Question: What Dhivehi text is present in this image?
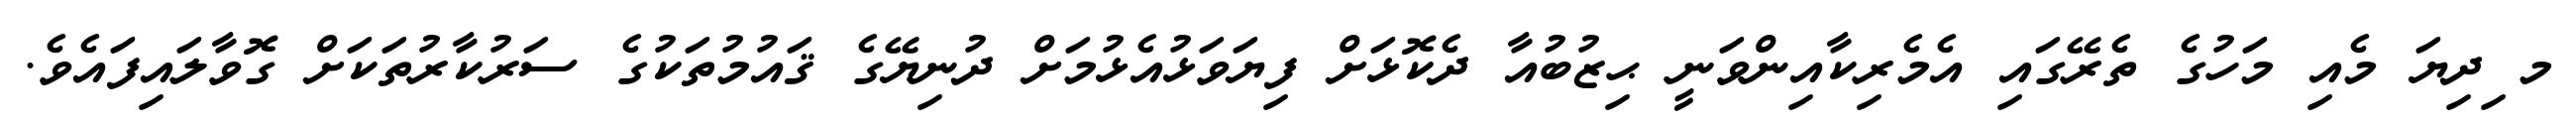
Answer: މ ިދިޔަ މެއި މަހުގެ ތެރޭގައި އެމެރިކާއިންވަނީ ޙިޒުބުއާ ދެކޮޅަށް ފިޔަވަޅުއެޅުމަށް ދުނިޔޭގެ ޤައުމުތަކުގެ ސަރުކާރުތަކަށް ގޮވާލައިފައެވެ.